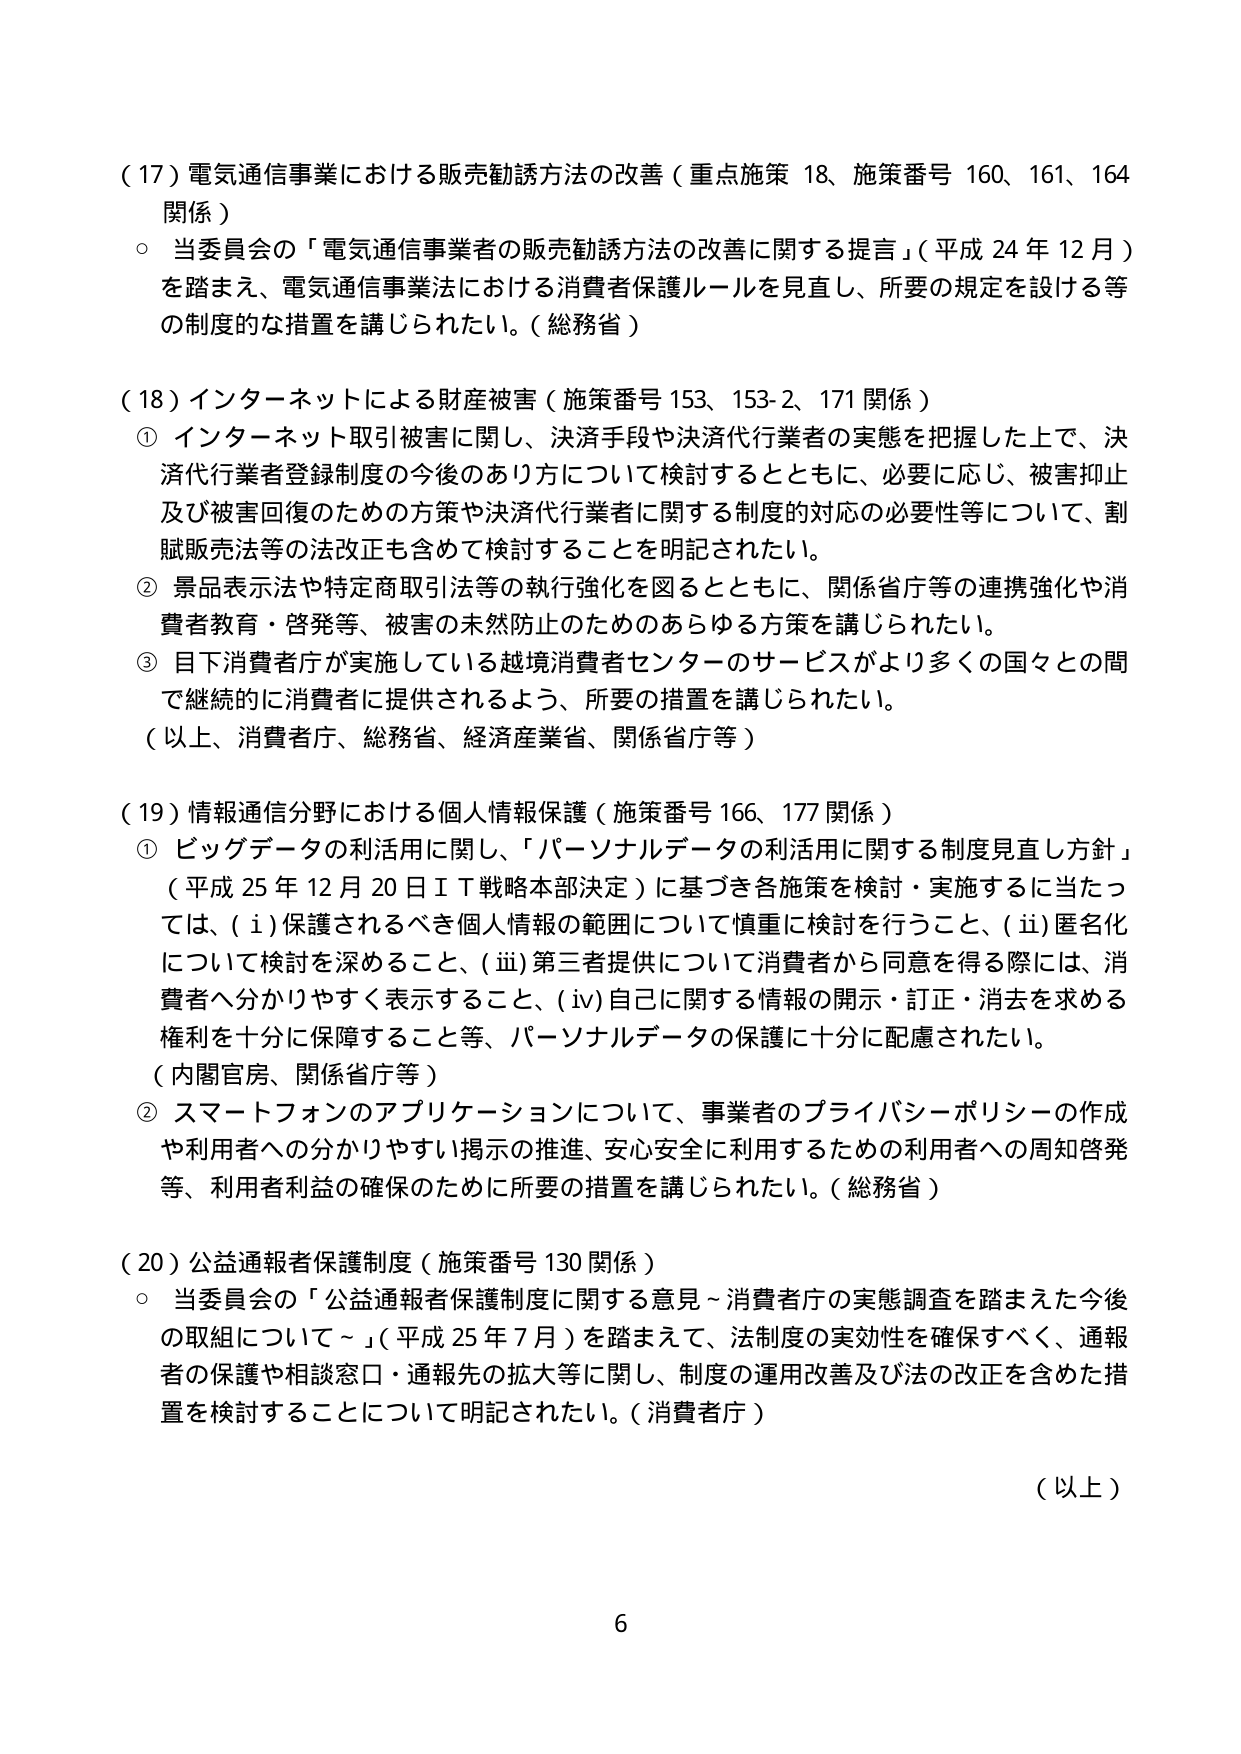
（17）電気通信事業における販売勧誘方法の改善（重点施策 18、施策番号 160、161、164 関係）
○ 当委員会の「電気通信事業者の販売勧誘方法の改善に関する提言」（平成 24 年 12 月）を踏まえ、電気通信事業法における消費者保護ルールを見直し、所要の規定を設ける等の制度的な措置を講じられたい。（総務省）

（18）インターネットによる財産被害（施策番号 153、153-2、171 関係）
① インターネット取引被害に関し、決済手段や決済代行業者の実態を把握した上で、決済代行業者登録制度の今後のあり方について検討するとともに、必要に応じ、被害抑止及び被害回復のための方策や決済代行業者に関する制度的対応の必要性等について、割賦販売法等の法改正も含めて検討することを明記されたい。
② 景品表示法や特定商取引法等の執行強化を図るとともに、関係省庁等の連携強化や消費者教育・啓発等、被害の未然防止のためのあらゆる方策を講じられたい。
③ 目下消費者庁が実施している越境消費者センターのサービスがより多くの国々との間で継続的に消費者に提供されるよう、所要の措置を講じられたい。
（以上、消費者庁、総務省、経済産業省、関係省庁等）

（19）情報通信分野における個人情報保護（施策番号 166、177 関係）
① ビッグデータの利活用に関し、「パーソナルデータの利活用に関する制度見直し方針」（平成 25 年 12 月 20 日ＩＴ戦略本部決定）に基づき各施策を検討・実施するに当たっては、（ⅰ）保護されるべき個人情報の範囲について慎重に検討を行うこと、（ⅱ）匿名化について検討を深めること、（ⅲ）第三者提供について消費者から同意を得る際には、消費者へ分かりやすく表示すること、（ⅳ）自己に関する情報の開示・訂正・消去を求める権利を十分に保障すること等、パーソナルデータの保護に十分に配慮されたい。
（内閣官房、関係省庁等）
② スマートフォンのアプリケーションについて、事業者のプライバシーポリシーの作成や利用者への分かりやすい掲示の推進、安心安全に利用するための利用者への周知啓発等、利用者利益の確保のために所要の措置を講じられたい。（総務省）

（20）公益通報者保護制度（施策番号 130 関係）
○ 当委員会の「公益通報者保護制度に関する意見～消費者庁の実態調査を踏まえた今後の取組について～」（平成 25 年 7 月）を踏まえて、法制度の実効性を確保すべく、通報者の保護や相談窓口・通報先の拡大等に関し、制度の運用改善及び法の改正を含めた措置を検討することについて明記されたい。（消費者庁）

（以上）

6